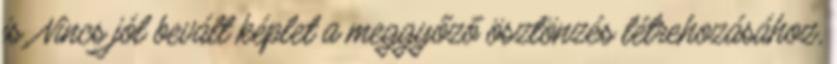
is. Nincs jól bevált képlet a meggyőző ösztönzés létrehozásához,